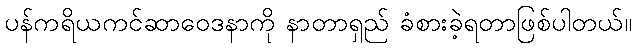
ပန်ကရိယကင်ဆာဝေဒနာကို နာတာရှည် ခံစားခဲ့ရတာဖြစ်ပါတယ်။